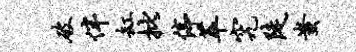
破伴缸批停萃究陡蚩